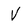
Character: V